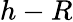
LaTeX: h-R